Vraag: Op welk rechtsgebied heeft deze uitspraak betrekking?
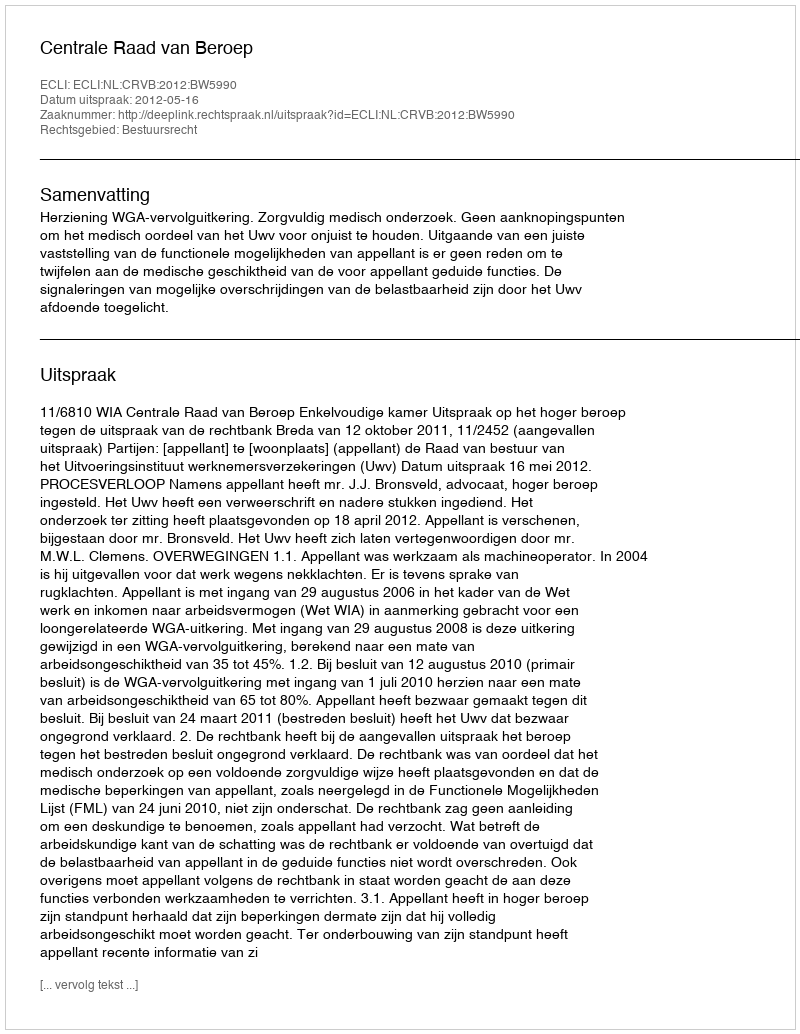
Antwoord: Bestuursrecht